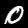
Digit: 0